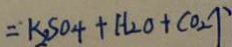
= K _ { 2 } S O _ { 4 } + H _ { 2 } O + C O _ { 2 } \uparrow